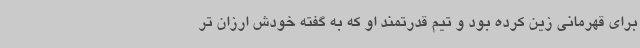
برای قهرمانی زین کرده بود و تیم قدرتمند او که به گفته خودش ارزان تر